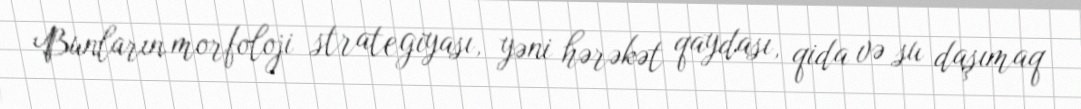
Bunların morfoloji strategiyası, yəni hərəkət qaydası, qida və su daşımaq